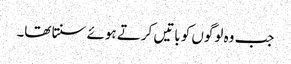
جب وہ لوگوں کو باتیں کرتے ہوئے سنتا تھا۔